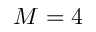
M = 4